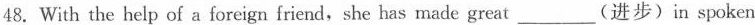
48. With the help of a foreign friend,she has made great___(进步)in spoken